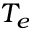
T _ { e }